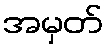
အမှတ်